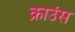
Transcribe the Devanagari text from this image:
क्राउंस